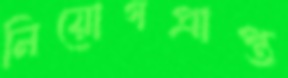
নিয়োগপ্রাপ্ত